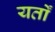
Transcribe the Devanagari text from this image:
यर्तों